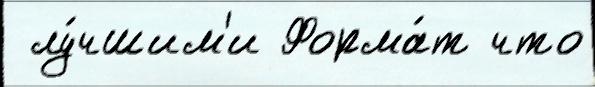
 лу́чшим'и Форма́т что